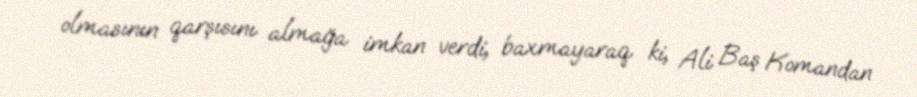
olmasının qarşısını almağa imkan verdi, baxmayaraq ki, Ali Baş Komandan